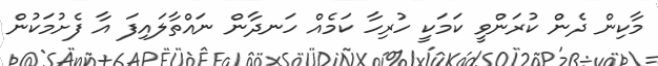
މާކިން ދެން ކުރަންވީ ކަމަކީ ހުރިހާ ކަމެއް ހަނދާން ނައްތާލައިފަ އާ ފެށުމަކުން